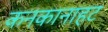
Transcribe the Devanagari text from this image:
कनकानाहट